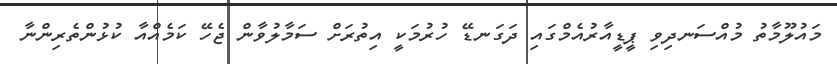
މައުލޫމާތު މުއްސަނދިވި ޕީޑީއާރުއެމްގައި ދަގަނޑޭ ހުރުމަކީ އިތުރަށް ސަމާލުވާން ޖެހޭ ކަމެއްއާ ކުޅުންތެރިންނާ